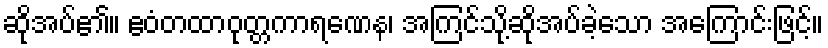
ဆိုအပ်၏။ ဧဝံတထာဝုတ္တကာရဏေန၊ အကြင်သို့ဆိုအပ်ခဲ့သော အကြောင်းဖြင့်။